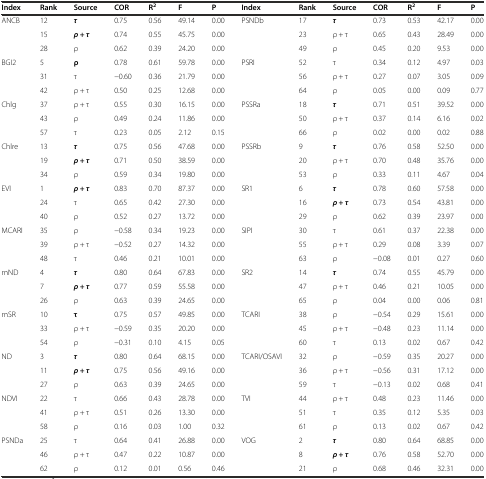
<table><thead><tr><td><b>Index</b></td><td><b>Rank</b></td><td><b>Source</b></td><td><b>COR</b></td><td><b>R<sup>2</sup></b></td><td><b>F</b></td><td><b>P</b></td><td><b>Index</b></td><td><b>Rank</b></td><td><b>Source</b></td><td><b>COR</b></td><td><b>R<sup>2</sup></b></td><td><b>F</b></td><td><b>P</b></td></tr></thead><tbody><tr><td rowspan="3">ANCB</td><td>12</td><td><b><i>τ</i></b></td><td>0.75</td><td>0.56</td><td>49.14</td><td>0.00</td><td rowspan="3">PSNDb</td><td>17</td><td><b><i>τ</i></b></td><td>0.73</td><td>0.53</td><td>42.17</td><td>0.00</td></tr><tr><td>15</td><td><b><i>ρ + τ</i></b></td><td>0.74</td><td>0.55</td><td>45.75</td><td>0.00</td><td>23</td><td>ρ + τ</td><td>0.65</td><td>0.43</td><td>28.49</td><td>0.00</td></tr><tr><td>28</td><td>ρ</td><td>0.62</td><td>0.39</td><td>24.20</td><td>0.00</td><td>49</td><td>ρ</td><td>0.45</td><td>0.20</td><td>9.53</td><td>0.00</td></tr><tr><td rowspan="3">BGI2</td><td>5</td><td><b>ρ</b></td><td>0.78</td><td>0.61</td><td>59.78</td><td>0.00</td><td rowspan="3">PSRI</td><td>52</td><td>τ</td><td>0.34</td><td>0.12</td><td>4.97</td><td>0.03</td></tr><tr><td>31</td><td>τ</td><td>−0.60</td><td>0.36</td><td>21.79</td><td>0.00</td><td>56</td><td>ρ + τ</td><td>0.27</td><td>0.07</td><td>3.05</td><td>0.09</td></tr><tr><td>42</td><td>ρ + τ</td><td>0.50</td><td>0.25</td><td>12.68</td><td>0.00</td><td>64</td><td>ρ</td><td>0.05</td><td>0.00</td><td>0.09</td><td>0.77</td></tr><tr><td rowspan="3">Chlg</td><td>37</td><td>ρ + τ</td><td>0.55</td><td>0.30</td><td>16.15</td><td>0.00</td><td rowspan="3">PSSRa</td><td>18</td><td><b><i>τ</i></b></td><td>0.71</td><td>0.51</td><td>39.52</td><td>0.00</td></tr><tr><td>43</td><td>ρ</td><td>0.49</td><td>0.24</td><td>11.86</td><td>0.00</td><td>50</td><td>ρ + τ</td><td>0.37</td><td>0.14</td><td>6.16</td><td>0.02</td></tr><tr><td>57</td><td>τ</td><td>0.23</td><td>0.05</td><td>2.12</td><td>0.15</td><td>66</td><td>ρ</td><td>0.02</td><td>0.00</td><td>0.02</td><td>0.88</td></tr><tr><td rowspan="3">Chlre</td><td>13</td><td><b><i>τ</i></b></td><td>0.75</td><td>0.56</td><td>47.68</td><td>0.00</td><td rowspan="3">PSSRb</td><td>9</td><td><b><i>τ</i></b></td><td>0.76</td><td>0.58</td><td>52.50</td><td>0.00</td></tr><tr><td>19</td><td><b><i>ρ + τ</i></b></td><td>0.71</td><td>0.50</td><td>38.59</td><td>0.00</td><td>20</td><td>ρ + τ</td><td>0.70</td><td>0.48</td><td>35.76</td><td>0.00</td></tr><tr><td>34</td><td>ρ</td><td>0.59</td><td>0.34</td><td>19.80</td><td>0.00</td><td>53</td><td>ρ</td><td>0.33</td><td>0.11</td><td>4.67</td><td>0.04</td></tr><tr><td rowspan="3">EVI</td><td>1</td><td><b><i>ρ + τ</i></b></td><td>0.83</td><td>0.70</td><td>87.37</td><td>0.00</td><td rowspan="3">SR1</td><td>6</td><td><b><i>τ</i></b></td><td>0.78</td><td>0.60</td><td>57.58</td><td>0.00</td></tr><tr><td>24</td><td>τ</td><td>0.65</td><td>0.42</td><td>27.30</td><td>0.00</td><td>16</td><td><b><i>ρ + τ</i></b></td><td>0.73</td><td>0.54</td><td>43.81</td><td>0.00</td></tr><tr><td>40</td><td>ρ</td><td>0.52</td><td>0.27</td><td>13.72</td><td>0.00</td><td>29</td><td>ρ</td><td>0.62</td><td>0.39</td><td>23.97</td><td>0.00</td></tr><tr><td rowspan="3">MCARI</td><td>35</td><td>ρ</td><td>−0.58</td><td>0.34</td><td>19.23</td><td>0.00</td><td rowspan="3">SIPI</td><td>30</td><td>τ</td><td>0.61</td><td>0.37</td><td>22.38</td><td>0.00</td></tr><tr><td>39</td><td>ρ + τ</td><td>−0.52</td><td>0.27</td><td>14.32</td><td>0.00</td><td>55</td><td>ρ + τ</td><td>0.29</td><td>0.08</td><td>3.39</td><td>0.07</td></tr><tr><td>48</td><td>τ</td><td>0.46</td><td>0.21</td><td>10.01</td><td>0.00</td><td>63</td><td>ρ</td><td>−0.08</td><td>0.01</td><td>0.27</td><td>0.60</td></tr><tr><td rowspan="3">mND</td><td>4</td><td><b><i>τ</i></b></td><td>0.80</td><td>0.64</td><td>67.83</td><td>0.00</td><td rowspan="3">SR2</td><td>14</td><td><b><i>τ</i></b></td><td>0.74</td><td>0.55</td><td>45.79</td><td>0.00</td></tr><tr><td>7</td><td><b><i>ρ + τ</i></b></td><td>0.77</td><td>0.59</td><td>55.58</td><td>0.00</td><td>47</td><td>ρ + τ</td><td>0.46</td><td>0.21</td><td>10.05</td><td>0.00</td></tr><tr><td>26</td><td>ρ</td><td>0.63</td><td>0.39</td><td>24.65</td><td>0.00</td><td>65</td><td>ρ</td><td>0.04</td><td>0.00</td><td>0.06</td><td>0.81</td></tr><tr><td rowspan="3">mSR</td><td>10</td><td><b>τ</b></td><td>0.75</td><td>0.57</td><td>49.85</td><td>0.00</td><td rowspan="3">TCARI</td><td>38</td><td>ρ</td><td>−0.54</td><td>0.29</td><td>15.61</td><td>0.00</td></tr><tr><td>33</td><td>ρ + τ</td><td>−0.59</td><td>0.35</td><td>20.20</td><td>0.00</td><td>45</td><td>ρ + τ</td><td>−0.48</td><td>0.23</td><td>11.14</td><td>0.00</td></tr><tr><td>54</td><td>ρ</td><td>−0.31</td><td>0.10</td><td>4.15</td><td>0.05</td><td>60</td><td>τ</td><td>0.13</td><td>0.02</td><td>0.67</td><td>0.42</td></tr><tr><td rowspan="3">ND</td><td>3</td><td><b><i>τ</i></b></td><td>0.80</td><td>0.64</td><td>68.15</td><td>0.00</td><td rowspan="3">TCARI/OSAVI</td><td>32</td><td>ρ</td><td>−0.59</td><td>0.35</td><td>20.27</td><td>0.00</td></tr><tr><td>11</td><td><b><i>ρ + τ</i></b></td><td>0.75</td><td>0.56</td><td>49.16</td><td>0.00</td><td>36</td><td>ρ + τ</td><td>−0.56</td><td>0.31</td><td>17.12</td><td>0.00</td></tr><tr><td>27</td><td>ρ</td><td>0.63</td><td>0.39</td><td>24.65</td><td>0.00</td><td>59</td><td>τ</td><td>−0.13</td><td>0.02</td><td>0.68</td><td>0.41</td></tr><tr><td rowspan="3">NDVI</td><td>22</td><td>τ</td><td>0.66</td><td>0.43</td><td>28.78</td><td>0.00</td><td rowspan="3">TVI</td><td>44</td><td>ρ + τ</td><td>0.48</td><td>0.23</td><td>11.46</td><td>0.00</td></tr><tr><td>41</td><td>ρ + τ</td><td>0.51</td><td>0.26</td><td>13.30</td><td>0.00</td><td>51</td><td>τ</td><td>0.35</td><td>0.12</td><td>5.35</td><td>0.03</td></tr><tr><td>58</td><td>ρ</td><td>0.16</td><td>0.03</td><td>1.00</td><td>0.32</td><td>61</td><td>ρ</td><td>0.13</td><td>0.02</td><td>0.67</td><td>0.42</td></tr><tr><td rowspan="3">PSNDa</td><td>25</td><td>τ</td><td>0.64</td><td>0.41</td><td>26.88</td><td>0.00</td><td rowspan="3">VOG</td><td>2</td><td><b><i>τ</i></b></td><td>0.80</td><td>0.64</td><td>68.85</td><td>0.00</td></tr><tr><td>46</td><td>ρ + τ</td><td>0.47</td><td>0.22</td><td>10.87</td><td>0.00</td><td>8</td><td><b><i>ρ + τ</i></b></td><td>0.76</td><td>0.58</td><td>52.70</td><td>0.00</td></tr><tr><td>62</td><td>ρ</td><td>0.12</td><td>0.01</td><td>0.56</td><td>0.46</td><td>21</td><td>ρ</td><td>0.68</td><td>0.46</td><td>32.31</td><td>0.00</td></tr></tbody></table>